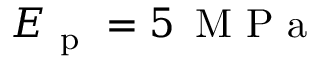
E _ { \mathrm { ~ p ~ } } = 5 \, \mathrm { ~ M ~ P ~ a ~ }